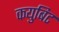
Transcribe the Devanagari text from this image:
कयुबिट